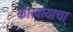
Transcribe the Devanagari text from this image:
कारवायाचा